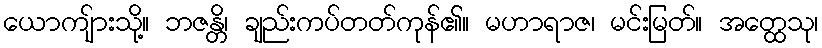
ယောကျ်ားသို့။ ဘဇန္တိ၊ ချည်းကပ်တတ်ကုန်၏။ မဟာရာဇ၊ မင်းမြတ်။ အတ္ထေသု၊